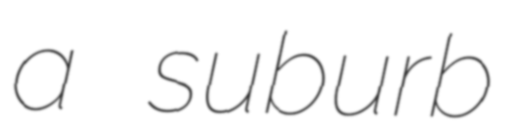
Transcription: a suburb